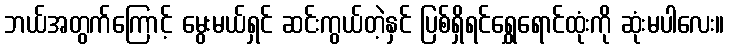
ဘယ်အတွက်ကြောင့် မွေးမယ်ရှင် ဆင်းကွယ်တဲ့နှင် ပြစ်ရှိရင်ရွှေရောင်ထုံးကို ဆုံးမပါလေး။